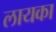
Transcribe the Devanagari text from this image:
लायका